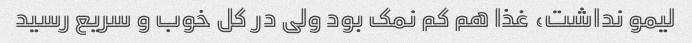
لیمو نداشت، غذا هم کم نمک بود ولی در کل خوب و سریع رسید